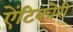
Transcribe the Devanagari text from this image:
ऐंटिक्वेरी